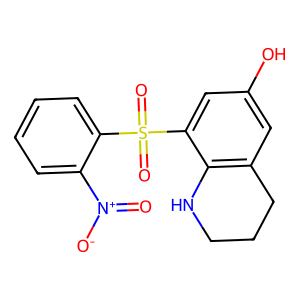
SMILES: O=[N+]([O-])c1ccccc1S(=O)(=O)c1cc(O)cc2c1NCCC2
Inhibits HIV replication: No